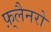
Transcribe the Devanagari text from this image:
फ़्लैनरो